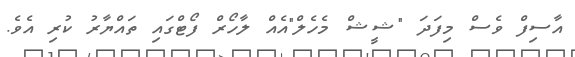
އާސިފް ވެސް މިފަދަ "ޝީޝް މެހެލް"އެއް ލާހޯރް ފޯޓްގައި ތައްޔާރު ކުރި އެވެ.